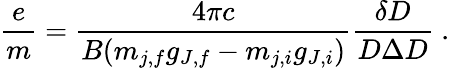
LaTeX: {\frac{e}{m}}={\frac{4\pi c}{B(m_{j,f}g_{J,f}-m_{j,i}g_{J,i})}}{\frac{\delta D}{D\Delta D}}\ .